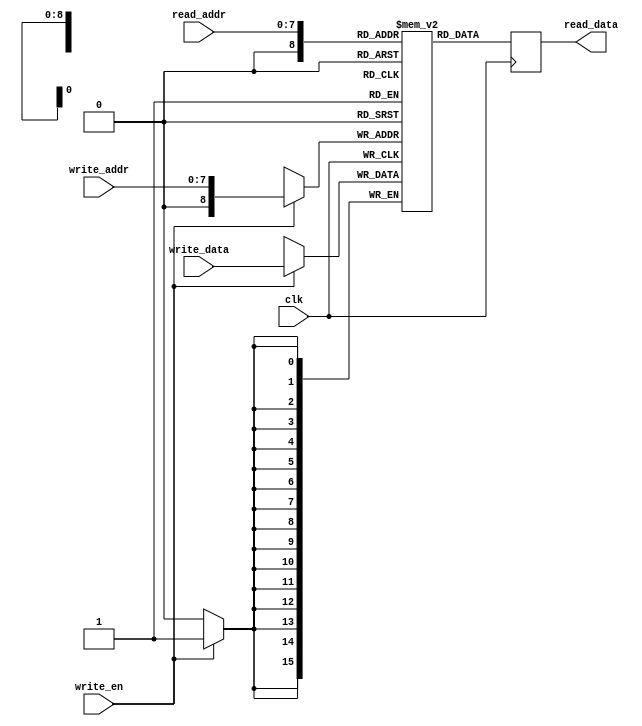
module stack_ram#(
	parameter [7:0]i_addr_width = 8'd16,
	parameter [31:0]max_loop_depth = 32'h100,
	parameter [7:0]sp_width = 8'd8
)(
	input clk,

	input [sp_width-1:0]write_addr,
	input write_en,
	input [i_addr_width-1:0]write_data,

	input [sp_width-1:0]read_addr,
	output reg [i_addr_width-1:0]read_data
);

reg [i_addr_width-1:0]memory[0:max_loop_depth];

always @(posedge clk) begin
	if (write_en)
		memory[write_addr] <= write_data;

	read_data <= memory[read_addr];
end

endmodule